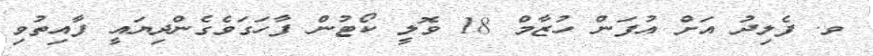
ވ. ފެލިދު އަށް އުފަން ހުޒާމް 18 ވޮލީ ކޯޓުން ފާހަގަވެގެންދިޔައީ ފާއިތުވި